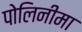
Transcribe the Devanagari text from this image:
पोलिनीमा